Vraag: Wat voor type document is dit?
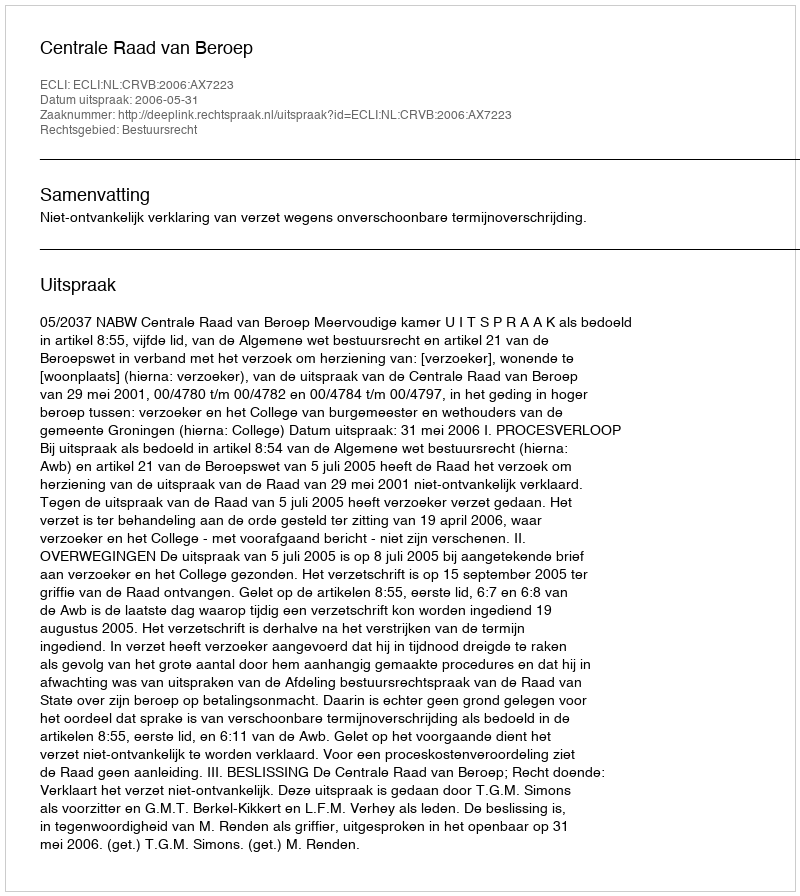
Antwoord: Uitspraak